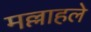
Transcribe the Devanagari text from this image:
मल्लाहले